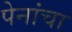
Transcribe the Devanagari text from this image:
पेनांचा